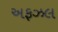
અફઝલ